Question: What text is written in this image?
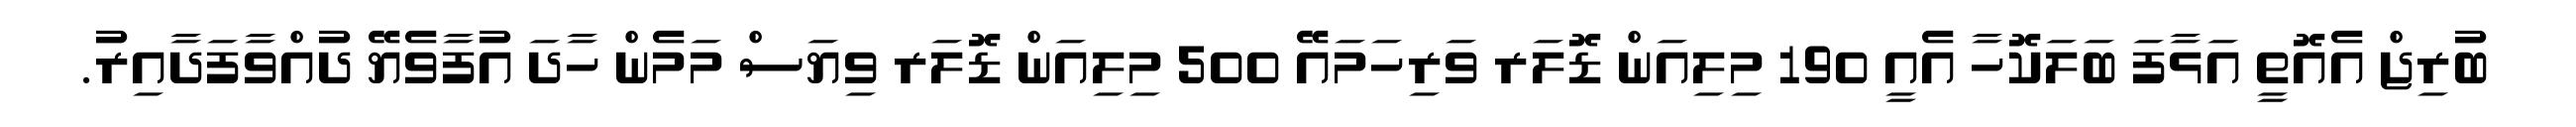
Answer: ބުރިޖް އެއޮތީ އަޅާފަ ބަލަކޮހާ އެއީ 190 މިލިއަން ޑޮލަރ ވަރިހަމައޭ 500 މިލިއަން ޑޮލަރ ވިޔަސް މަމެން ހާދަ އުފާވެޔޭ ދުއްވާފަދާއިރު.